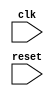
module behavioral_modeling_block (
    input wire clk,
    input wire reset,
    // other input/output ports
    
);

always @(posedge clk or negedge reset) begin
    // behavioral modeling logic here
end

// other module code here

endmodule